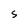
Character: S